Vaccination United Provinces of Agra and Oudh 1923-1928 - 1923-1928
Year: 1923
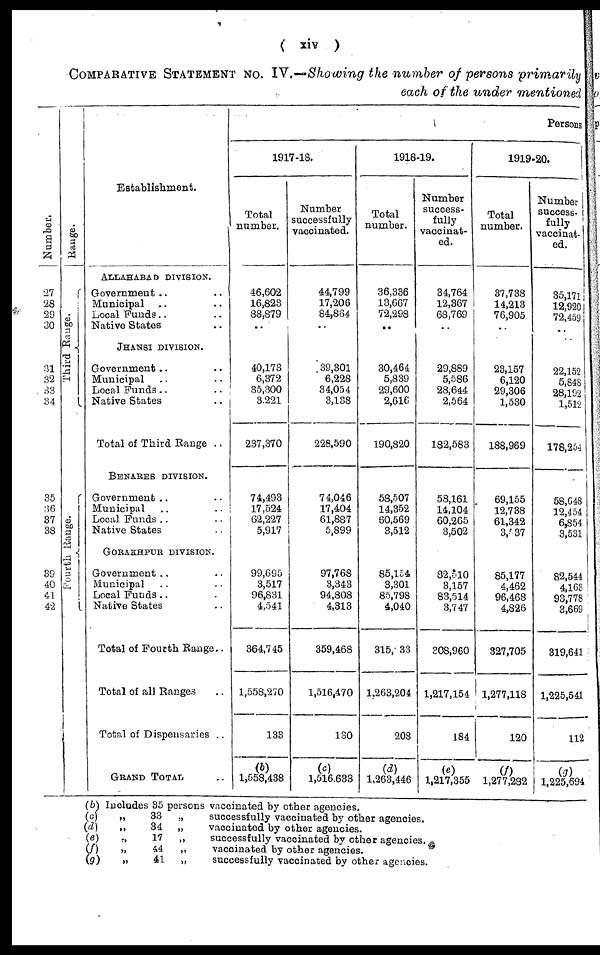
( xiv )
COMPARATIVE STATEMENT No. IV.—Showing the number of persons primarily
each of the under mentioned
Number.
27
28
29
30
31
32 33
34
35
36
37
38
39
40
41
42
Range.
Third Range.
Fourth Range.
Establishment.
ALLAHABAD DIVISION.
Government .. ..
Municipal .. ..
Local Funds .. ..
Native States ..
JHANSI DIVISION.
Government .. ..
Municipal .. ..
Local funds .. ..
Native States ..
Total of Third Range ..
BENARES DIVISION.
Government .. ..
Municipal .. ..
Local Funds .. ..
Native States ..
GORAKHPUR DIVISION.
Government .. ..
Municipal .. ..
Local Funds.. ..
Native States ..
Total of Fourth Range..
Total of all Ranges ..
Total of Dispensaries ..
GRAND TOTAL ..
Persons
1917-18.
Total
number.
46,602
16,823
88,879
..
40,173
6,372
35,300
3,221
237,370
74,493
17,524
62,227
5,917
99,695
3,517
96,831
4,541
364,745
1,558,270
133
(b)
1,558,438
Number
successfully
vaccinated.
44,799
17,206
84,864
..
39,301
6,228
34,054
3,138
228,590
74,046
17,404
61,887
5,899
97,768
3,343
94,808
4,313
359,468
1,516,470
130
(c)
1,516,633
1918-19.
Total
number.
36,336
13,667
72,298
..
30,464
5,839
29,600
2,616
190,820
58,507
14,352
60,569
3,512
85,154
3,301
85,798
4,040
315,233
1,263,204
208
(d)
1,263,446
Number
success-
fully
vaccinat-
ed.
34,764
12,367
68,769
..
29,889
5,586
28,644
2,564
182,583
58,161
14,104
60,265
3,502
82,510
3,157
83,514
3,747
308,960
1,217,154
184
(e)
1,217,355
1919-20.
Total
number.
37,738
14,213
76,905
..
23,157
6,120
29,306
1,530
188,969
69,155
12,738
61,342
3,537
85,177
4,462
96,468
4,826
327,705
1,277,118
120
(ƒ)
1,277,282
Number
success¬
fully
vaccinat-
ed.
35,171
12,920
72,459
..
22,152
5,848
28,192
1,512
178,254
58,648
12,454
6,854
3,531
82,544
4,163
93,778
3,669
319,641
1,225,541
112
(g)
1,225,694
(b)
(c)
(d)
(e)
(f )
(g)
Includes 85 persons vaccinated by other agencies.
„
„
„
„
„
33
34
17
44
41
„
successfully vaccinated by other agencies.
„
vaccinated by other agencies.
„
successfully vaccinated by other agencies.
„
vaccinated by other agencies.
„
successfully vaccinated by other agencies.